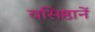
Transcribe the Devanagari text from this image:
वसिष्ठानें